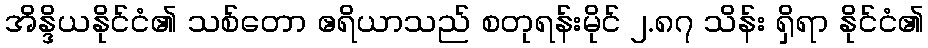
အိန္ဒိယနိုင်ငံ၏ သစ်တော ဧရိယာသည် စတုရန်းမိုင် ၂.၈၇ သိန်း ရှိရာ နိုင်ငံ၏